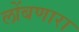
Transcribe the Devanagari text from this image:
लोंबणारा